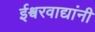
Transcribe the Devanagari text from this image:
ईश्वरवाद्यांनी